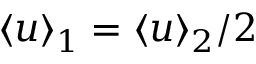
\langle u \rangle _ { 1 } = \langle u \rangle _ { 2 } / 2